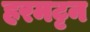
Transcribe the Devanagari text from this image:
हरमट्टन